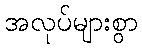
အလုပ်များစွာ